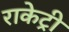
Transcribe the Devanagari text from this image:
राकेट्री